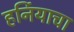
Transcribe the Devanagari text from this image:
हर्नियाचा